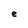
Character: e